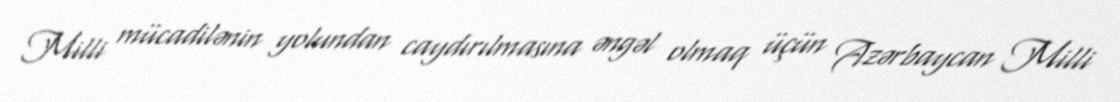
Milli mücadilənin yolundan caydırılmasına əngəl olmaq üçün Azərbaycan Milli